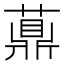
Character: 薡